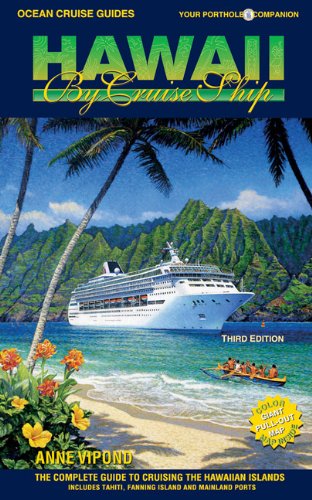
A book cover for Ocean Cruise Guides Hawaii by Cruise Ship: The Complete Guide to Cruising the Hawaiian Islands; Anne Vipond; Travel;